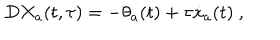
D X _ { a } ( t , \tau ) = - \theta _ { a } ( t ) + \tau { \dot { x } } _ { a } ( t ) \ ,